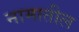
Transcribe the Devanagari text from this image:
नामातील